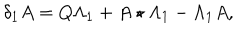
\delta _ { 1 } A = Q \Lambda _ { 1 } + A \star \Lambda _ { 1 } - \Lambda _ { 1 } A ,